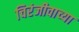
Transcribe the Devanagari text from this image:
चिरंजीवाच्या